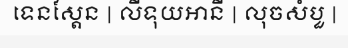
ទេនស្តែន | លីទុយអានី | លុចសំបួ |